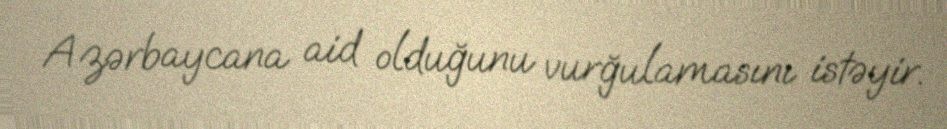
Azərbaycana aid olduğunu vurğulamasını istəyir.